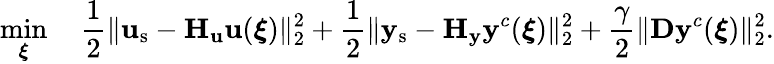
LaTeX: \operatorname*{min}_{\boldsymbol{\xi}}\quad\frac{1}{2}\| \mathbf{u}_{\mathrm{s}}-\mathbf{H}_{\mathbf{u}}\mathbf{u}(\boldsymbol{\xi})\| _{2}^{2}+\frac{1}{2}\| \mathbf{y}_{\mathrm{s}}-\mathbf{H}_{\mathbf{y}}\mathbf{y}^{c}(\boldsymbol{\xi})\| _{2}^{2}+\frac{\gamma}{2}\| \mathbf{D}\mathbf{y}^{c}(\boldsymbol{\xi})\| _{2}^{2}.